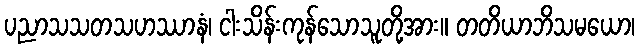
ပညာသသတသဟဿာနံ၊ ငါးသိန်းကုန်သောသူတို့အား။ တတိယာဘိသမယော၊